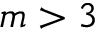
m > 3